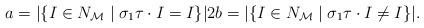
LaTeX: \begin{align*} a=|\{I\in N_{\mathcal{M}}\mid \sigma_1\tau\cdot I=I\}|2b=|\{I\in N_{\mathcal{M}}\mid \sigma_1\tau\cdot I\neq I\}|. \end{align*}